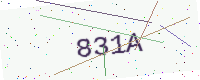
Text: 831A